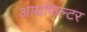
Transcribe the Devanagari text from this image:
आयफिल्टर